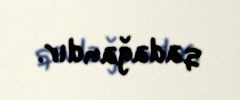
qadağandır.